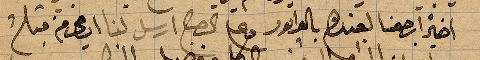
اخيرًا رجعنا لعندهم بال...وعند الصبح ارسل لنا ...